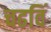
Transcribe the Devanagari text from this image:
चढविं